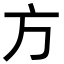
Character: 方